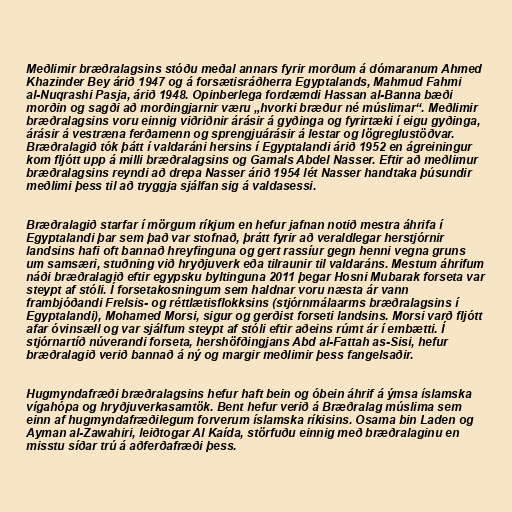
Meðlimir bræðralagsins stóðu meðal annars fyrir morðum á dómaranum Ahmed
Khazinder Bey árið 1947 og á forsætisráðherra Egyptalands, Mahmud Fahmi
al-Nuqrashi Pasja, árið 1948. Opinberlega fordæmdi Hassan al-Banna bæði
morðin og sagði að morðingjarnir væru „hvorki bræður né múslimar“. Meðlimir
bræðralagsins voru einnig viðriðnir árásir á gyðinga og fyrirtæki í eigu gyðinga,
árásir á vestræna ferðamenn og sprengjuárásir á lestar og lögreglustöðvar.
Bræðralagið tók þátt í valdaráni hersins í Egyptalandi árið 1952 en ágreiningur
kom fljótt upp á milli bræðralagsins og Gamals Abdel Nasser. Eftir að meðlimur
bræðralagsins reyndi að drepa Nasser árið 1954 lét Nasser handtaka þúsundir
meðlimi þess til að tryggja sjálfan sig á valdasessi.

Bræðralagið starfar í mörgum ríkjum en hefur jafnan notið mestra áhrifa í
Egyptalandi þar sem það var stofnað, þrátt fyrir að veraldlegar herstjórnir
landsins hafi oft bannað hreyfinguna og gert rassíur gegn henni vegna gruns
um samsæri, stuðning við hryðjuverk eða tilraunir til valdaráns. Mestum áhrifum
náði bræðralagið eftir egypsku byltinguna 2011 þegar Hosni Mubarak forseta var
steypt af stóli. Í forsetakosningum sem haldnar voru næsta ár vann
frambjóðandi Frelsis- og réttlætisflokksins (stjórnmálaarms bræðralagsins í
Egyptalandi), Mohamed Morsi, sigur og gerðist forseti landsins. Morsi varð fljótt
afar óvinsæll og var sjálfum steypt af stóli eftir aðeins rúmt ár í embætti. Í
stjórnartíð núverandi forseta, hershöfðingjans Abd al-Fattah as-Sisi, hefur
bræðralagið verið bannað á ný og margir meðlimir þess fangelsaðir.

Hugmyndafræði bræðralagsins hefur haft bein og óbein áhrif á ýmsa íslamska
vígahópa og hryðjuverkasamtök. Bent hefur verið á Bræðralag múslima sem
einn af hugmyndafræðilegum forverum íslamska ríkisins. Osama bin Laden og
Ayman al-Zawahiri, leiðtogar Al Kaída, störfuðu einnig með bræðralaginu en
misstu síðar trú á aðferðafræði þess.